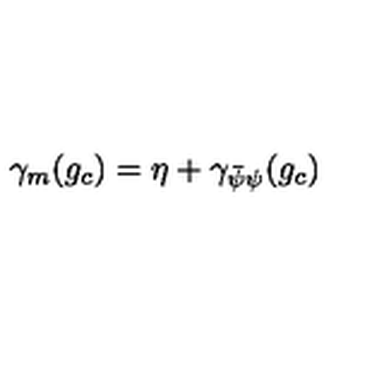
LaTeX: \gamma _ { m } ( g _ { c } ) = \eta + \gamma _ { \bar { \psi } \psi } ( g _ { c } )